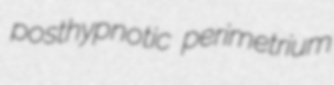
posthypnotic perimetrium